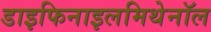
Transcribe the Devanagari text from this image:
डाइफिनाइलमिथेनॉल